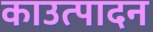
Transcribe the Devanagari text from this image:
काउत्पादन